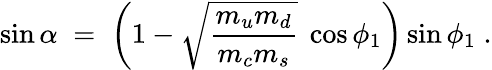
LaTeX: \sin\alpha\; =\; \left(1-\sqrt{\frac{m_{u}m_{d}}{m_{c}m_{s}}}~\cos\phi_{1}\right)\sin\phi_{1}\; .